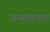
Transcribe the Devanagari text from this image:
जनसंकख्या